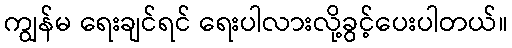
ကျွန်မ ရေးချင်ရင် ရေးပါလားလို့ခွင့်ပေးပါတယ်။